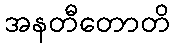
အနတီတောတိ